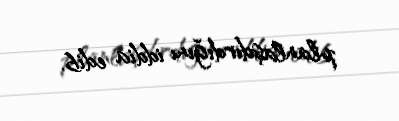
planlaşdırdığını iddia edib.